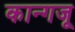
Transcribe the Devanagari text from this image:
कान्गजू